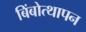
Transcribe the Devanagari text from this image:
बिंबोत्थापन